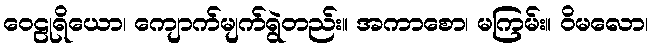
ဝေဠုရိယော၊ ကျောက်မျက်ရွဲတည်း။ အကာစော၊ မကြမ်း။ ဝိမလော၊